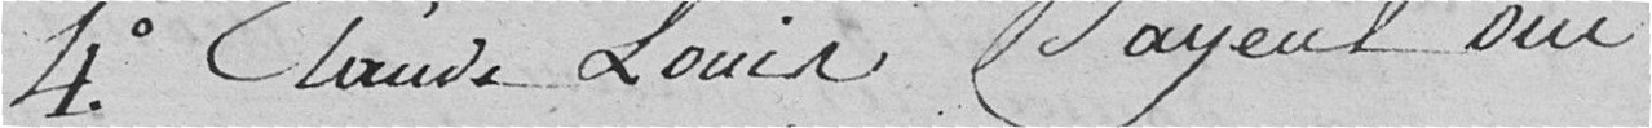
4°. Claude Louis Mayeul oui